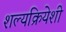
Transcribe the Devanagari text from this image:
शल्यक्रियेशी